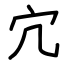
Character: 宂